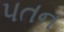
પતન